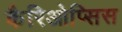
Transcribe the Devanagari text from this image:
कैरिओप्सिस